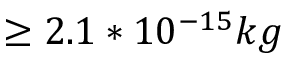
\ge 2 . 1 * 1 0 ^ { - 1 5 } k g